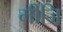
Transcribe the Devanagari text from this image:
मीजि